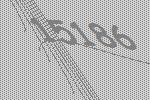
15186